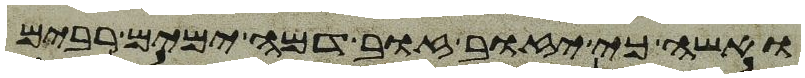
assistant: ואשה כי יזוב זוב דמה ימים רבים